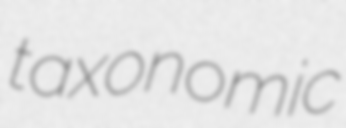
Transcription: taxonomic